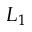
L _ { 1 }